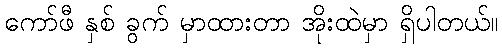
ကော်ဖီ နှစ် ခွက် မှာထားတာ အိုးထဲမှာ ရှိပါတယ်။